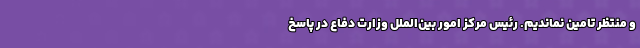
و منتظر تامین نماندیم. رئیس مرکز امور بین‌الملل وزارت دفاع در پاسخ